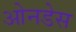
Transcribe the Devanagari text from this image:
ओनडेस